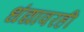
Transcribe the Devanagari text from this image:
धंद्यावरही